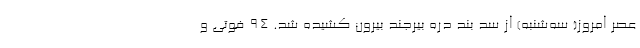
عصر امروز( سه‌شنبه) از سد بند دره بیرجند بیرون کشیده شد. ۹۴ فوتی و